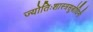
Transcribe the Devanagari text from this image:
ज्योतिःशास्त्रसुबोधिनी